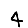
Digit: 4